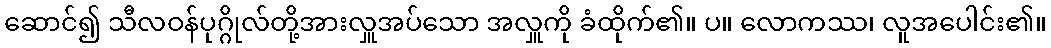
ဆောင်၍ သီလဝန်ပုဂ္ဂိုလ်တို့အားလှူအပ်သော အလှူကို ခံထိုက်၏။ ပ။ လောကဿ၊ လူအပေါင်း၏။